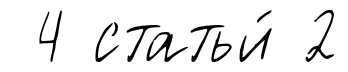
4 статьи́ 2